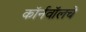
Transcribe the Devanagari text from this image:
कॉर्नवॉलचे